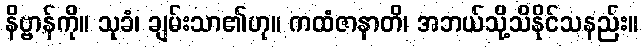
နိဗ္ဗာန်ကို။ သုခံ၊ ချမ်းသာ၏ဟု။ ကထံဇာနာတိ၊ အဘယ်သို့သိနိုင်သနည်း။